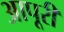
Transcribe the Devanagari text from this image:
आपूरी